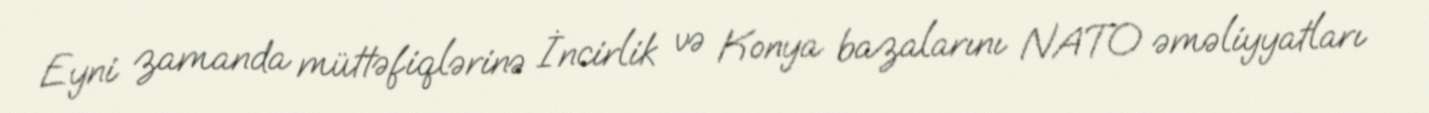
Eyni zamanda müttəfiqlərinə İncirlik və Konya bazalarını NATO əməliyyatları